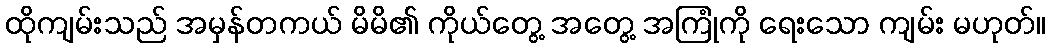
ထိုကျမ်းသည် အမှန်တကယ် မိမိ၏ ကိုယ်တွေ့ အတွေ့ အကြုံကို ရေးသော ကျမ်း မဟုတ်။